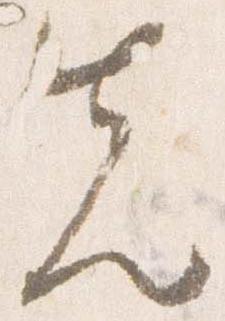
先